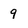
Character: 9